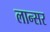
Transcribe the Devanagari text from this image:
लान्सर